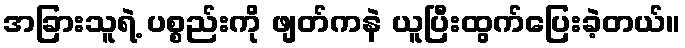
အခြားသူရဲ့ ပစ္စည်းကို ဖျတ်ကနဲ ယူပြီးထွက်ပြေးခဲ့တယ်။